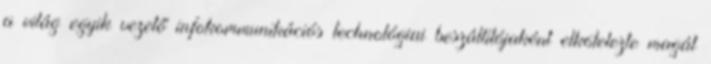
a világ egyik vezető infokommunikációs technológiai beszállítójaként elkötelezte magát